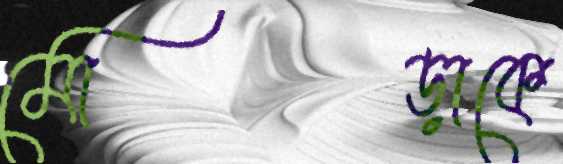
মোড়াকে